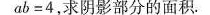
ab=4，求阴影部分的面积。